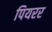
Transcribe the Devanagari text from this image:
पियरर